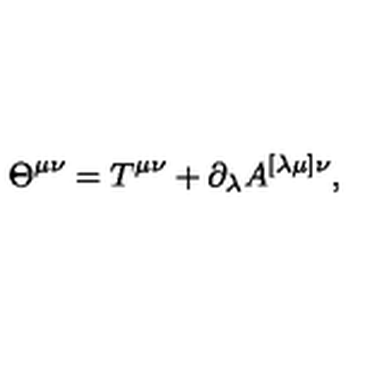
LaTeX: \Theta ^ { \mu \nu } = T ^ { \mu \nu } + \partial _ { \lambda } A ^ { [ \lambda \mu ] \nu } ,